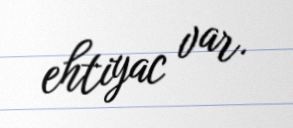
ehtiyac var.